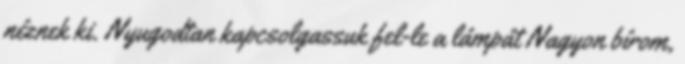
néznek ki. Nyugodtan kapcsolgassuk fel-le a lámpát Nagyon bírom,